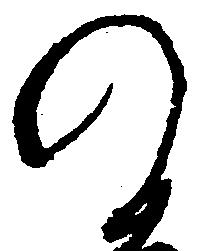
の